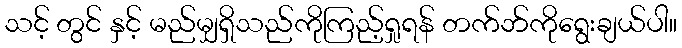
သင့် တွင် နှင့် မည်မျှရှိသည်ကိုကြည့်ရှုရန် တက်ဘ်ကိုရွေးချယ်ပါ။